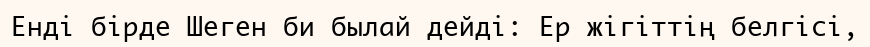
Енді бірде Шеген би былай дейді: Ер жігіттің белгісі,